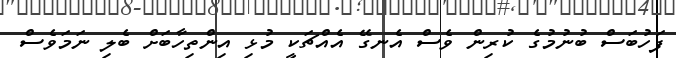
ފަހުބަސް ބުނުމުގެ ކުރިން ވެސް އެނގޭ އެއްޗަކީ މުޅި އިންތިހާބަށް ބެލި ނަމަވެސް